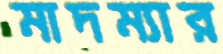
মাদম্যার